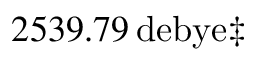
2 5 3 9 . 7 9 \, \mathrm { d e b y e } \ddagger